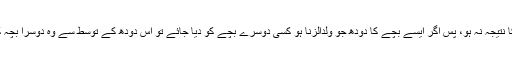
عورت کا دودھ فعل حرام کا نتیجہ نہ ہو، پس اگر ایسے بچے کا دودھ جو ولدالزنا ہو کسی دوسرے بچے کو دیا جائے تو اس دودھ کے توسط سے وہ دوسرا بچہ کسی کا محرم نہیں بنے گا۔